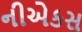
નીએકસ